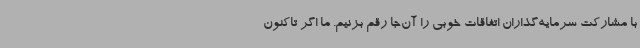
با مشارکت سرمایه‌گذاران اتفاقات خوبی را آن‌جا رقم بزنیم. ما اگر تاکنون